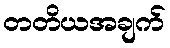
တတိယအချက်